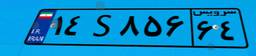
۸۹S۳۳۴۷۱